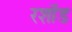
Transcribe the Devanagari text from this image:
रशॉड